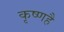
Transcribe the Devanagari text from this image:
कृष्णहै